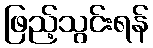
ဖြည့်သွင်းရန်